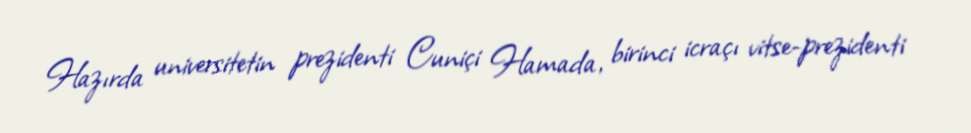
Hazırda universitetin prezidenti Cuniçi Hamada, birinci icraçı vitse-prezidenti